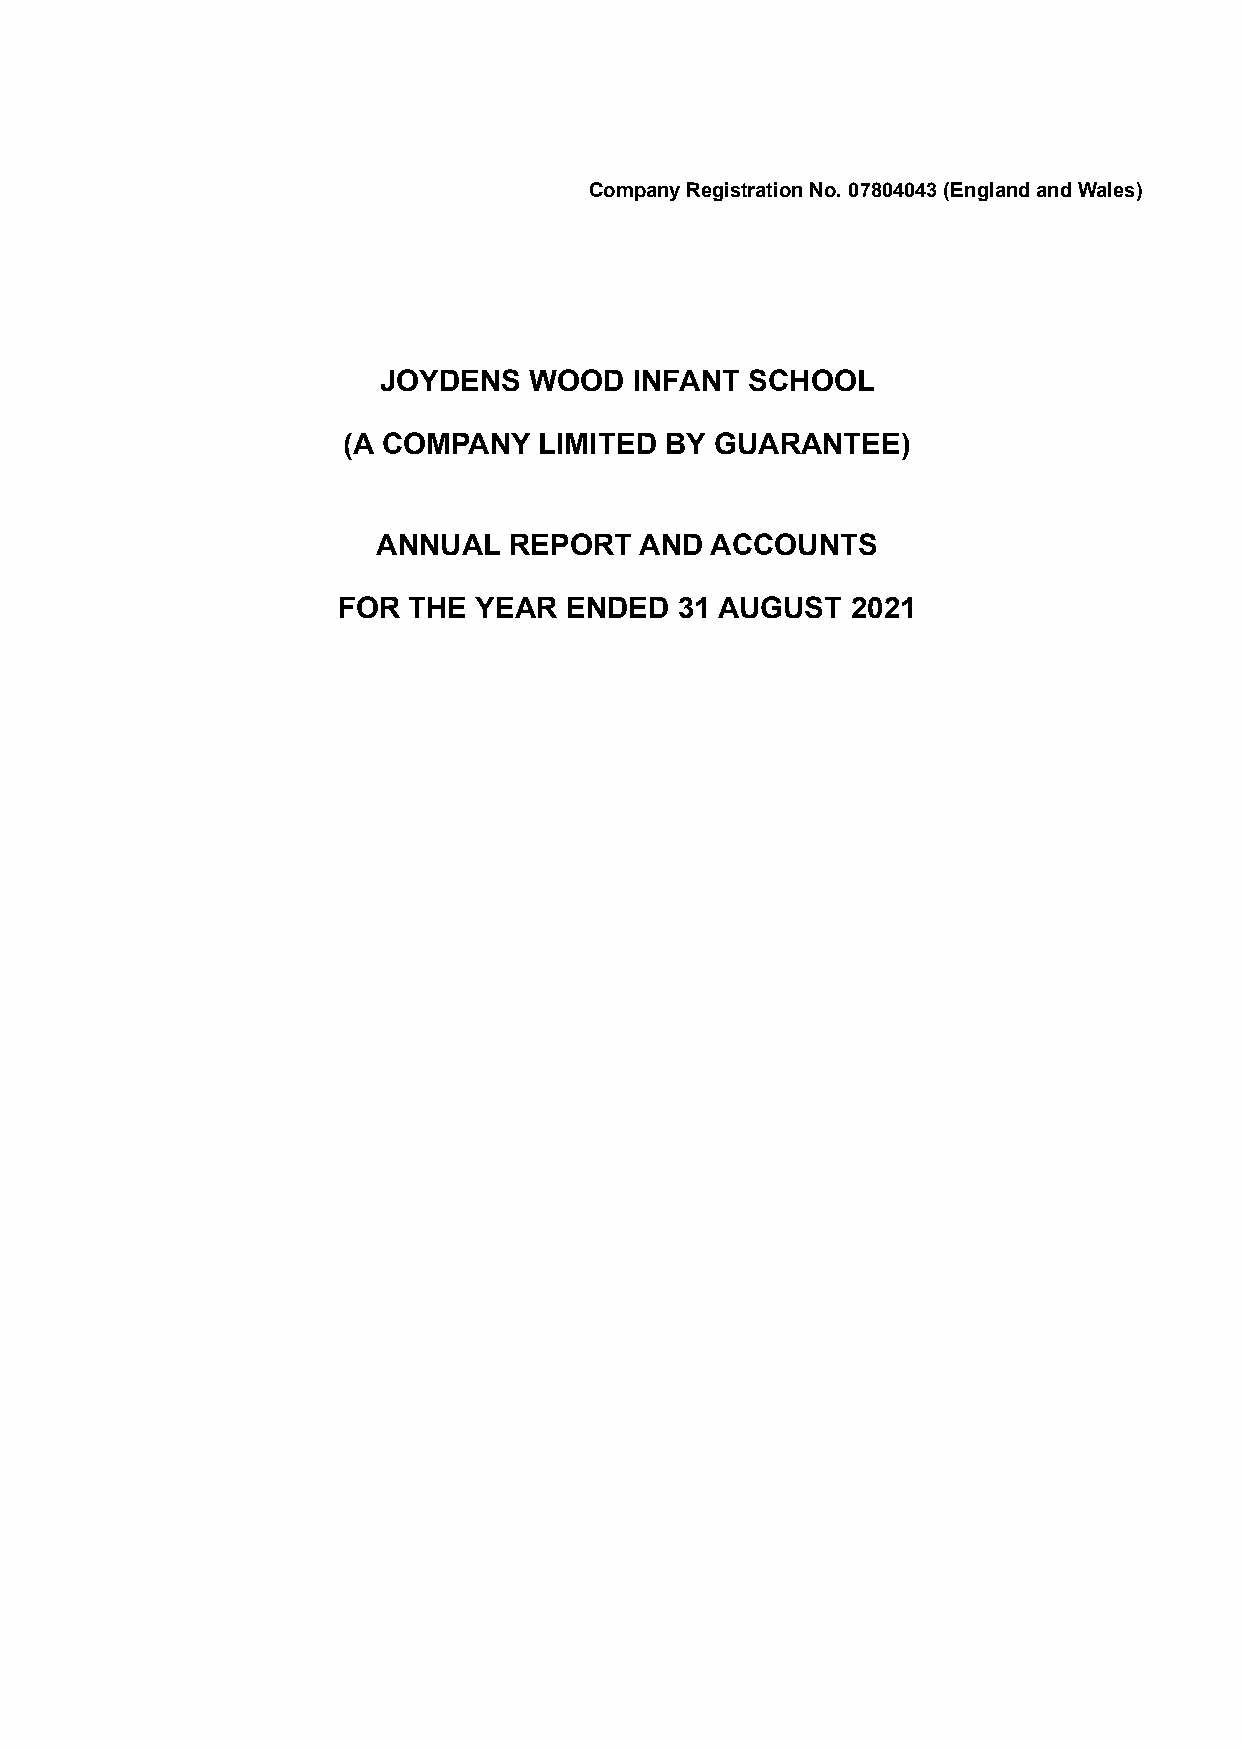
Company Registration No. 07804043 (England and Wales)
 JOYDENS   WOOD   INFANT  SCHOOL
 (A COMPANY   LIMITED BY GUARANTEE)
 ANNUAL   REPORT  AND  ACCOUNTS
 FOR  THE YEAR  ENDED   31 AUGUST  2021